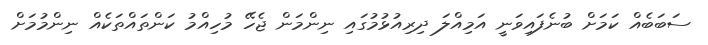
ސަބަބެއް ކަމަށް ބުނެފައިވަނީ އަމިއްލަ ދިރިއުޅުމުގައި ނިންމަން ޖެހޭ މުހިއްމު ކަންތައްތަކެއް ނިންމުމަށް